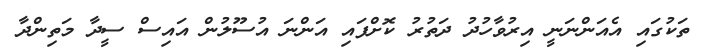
ތަކުގައި އެއަންނަނީ އިރުވާހުދު ދަތުރު ކޮށްފައި އަންނަ އުސޫލުން އައިސް ސީދާ މަތިންދާ